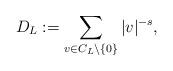
LaTeX: \begin{align*}D_L:=\sum_{v\in C_L\setminus\{0\}}|v|^{-s},\end{align*}